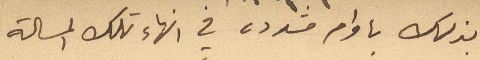
بذلك باوامر مشددة في انهاء تلك المسألة